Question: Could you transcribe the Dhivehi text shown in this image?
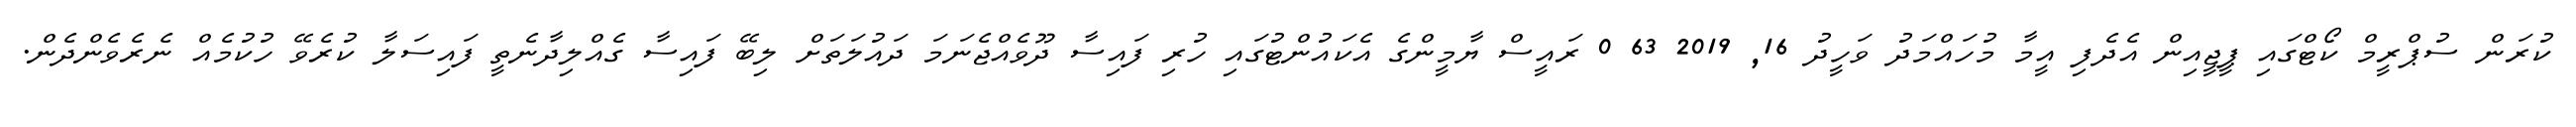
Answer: ކުރަން ސުޕްރީމް ކޯޓްގައި ޕީޖީއިން އެދެފި އީމާ މުހައްމަދު ވަހީދު 16, 2019 63 0 ރައީސް ޔާމީންގެ އެކައުންޓުގައި ހުރި ފައިސާ ދޫވެއްޖެނަމަ ދައުލަތަށް ލިބޭ ފައިސާ ގެއްލިދާނެތީ ފައިސަލާ ކުރެވޭ ހުކުމެއް ނެރެވެންދެން.